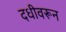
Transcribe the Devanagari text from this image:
दधीवरून